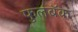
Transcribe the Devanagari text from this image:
फुलबॅक